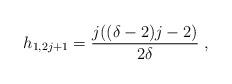
LaTeX: \begin{align*}h_{1,2j+1}=\frac{j((\delta-2)j-2)}{2\delta}\;,\end{align*}